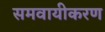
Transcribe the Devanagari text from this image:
समवायीकरण